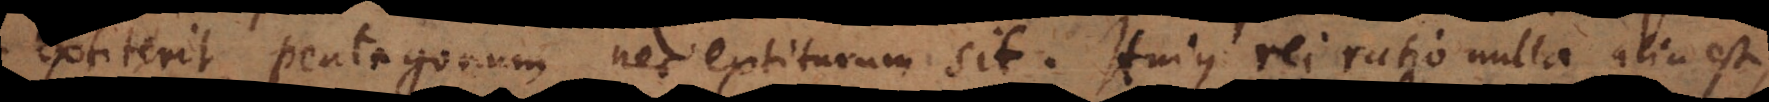
extiterit pentagonum nec extiturum sit. Hujus rei ratio nulla alia est,